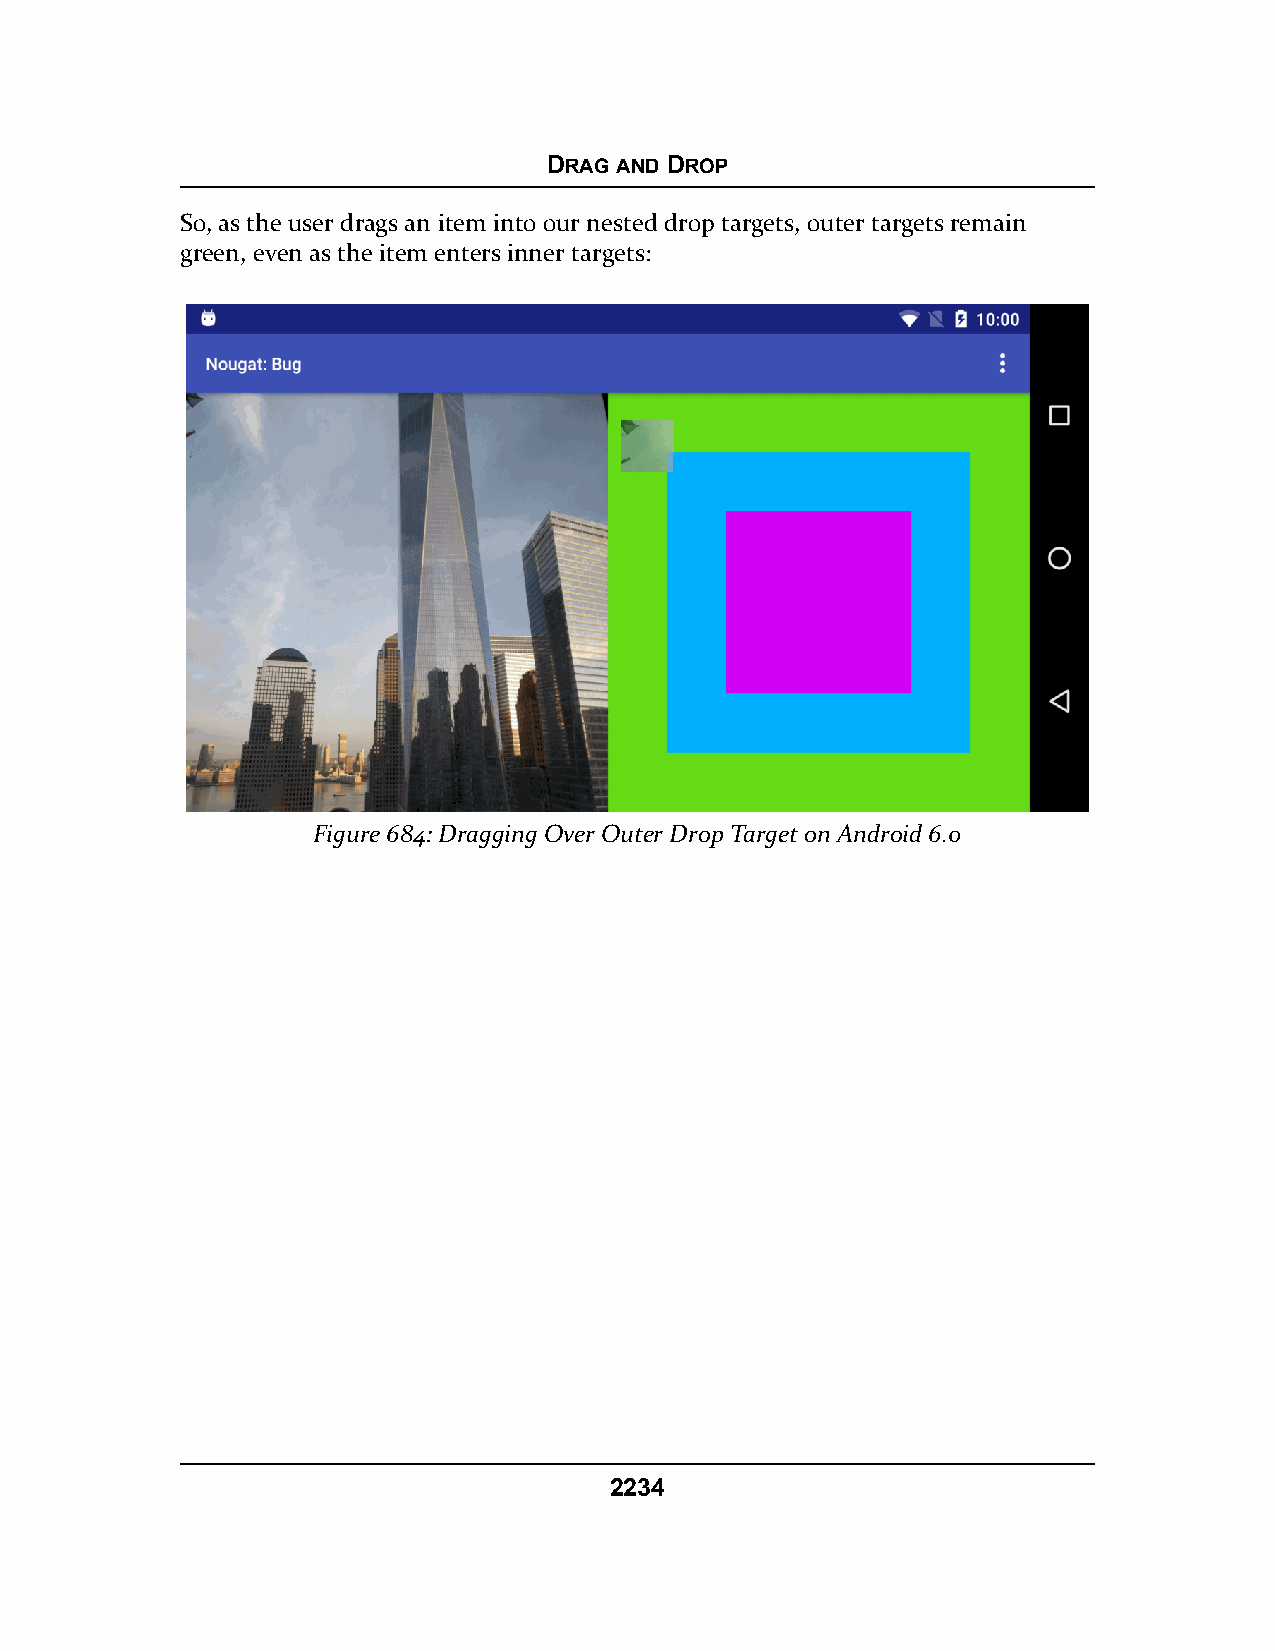
DRAG AND DROP
 So, as the user drags an item into our nested drop targets, outer targets remain
 green, even as the item enters inner targets:
 Figure 684: Dragging Over Outer Drop Target on Android 6.0
 2234